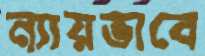
ন্যায়ভাবে